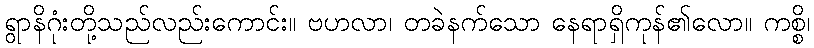
ရွာနိဂုံးတို့သည်လည်းကောင်း။ ဗဟလာ၊ တခဲနက်သော နေရာရှိကုန်၏လော။ ကစ္စိ၊